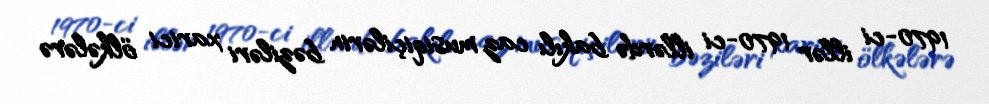
1970-ci illər 1970-ci illərdə bakılı caz musiqiçilərin bəziləri xarici ölkələrə